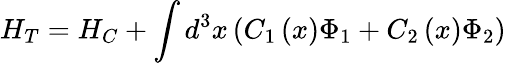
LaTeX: H_{T}=H_{C}+\int d^{3}x\left(C_{1}\left(x\right)\Phi_{1}+C_{2}\left(x\right)\Phi_{2}\right)